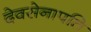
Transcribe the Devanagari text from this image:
देवसेनापति